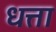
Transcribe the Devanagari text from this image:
धत्ता